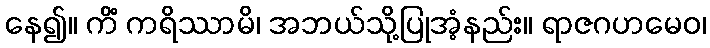
နေ၍။ ကိံ ကရိဿာမိ၊ အဘယ်သို့ပြုအံ့နည်း။ ရာဇဂဟမေဝ၊